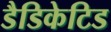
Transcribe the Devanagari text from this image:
डैडिकेटिड